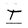
Character: T